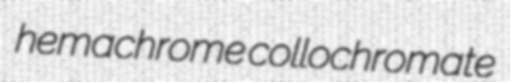
hemachrome collochromate